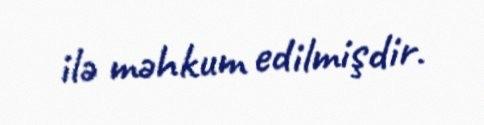
ilə məhkum edilmişdir.